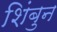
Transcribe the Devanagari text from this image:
शिंबुन